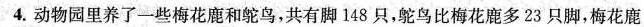
4. 动物园里养了一些梅花鹿和鸵鸟，共有脚 148 只，鸵鸟比梅花鹿多 23 只脚，梅花鹿